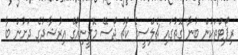
ރިޕޯޓްތަކުން ބުނާ ގޮތުގައި ޗެލްސީގެ ކޯޗު ޖޯސޭ މޮރީނިއޯގެ އިރުޝާދުގެ ދަށުން ބާ